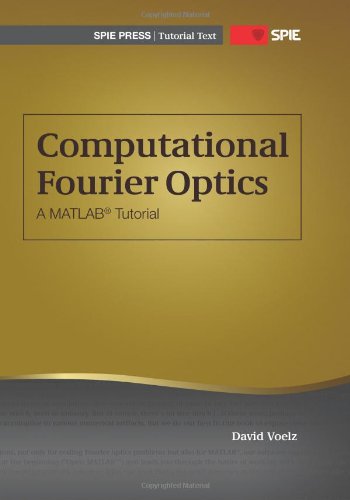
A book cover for Computational Fourier Optics: A MATLAB Tutorial (SPIE Tutorial Texts Vol. TT89); David G. Voelz; Science & Math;